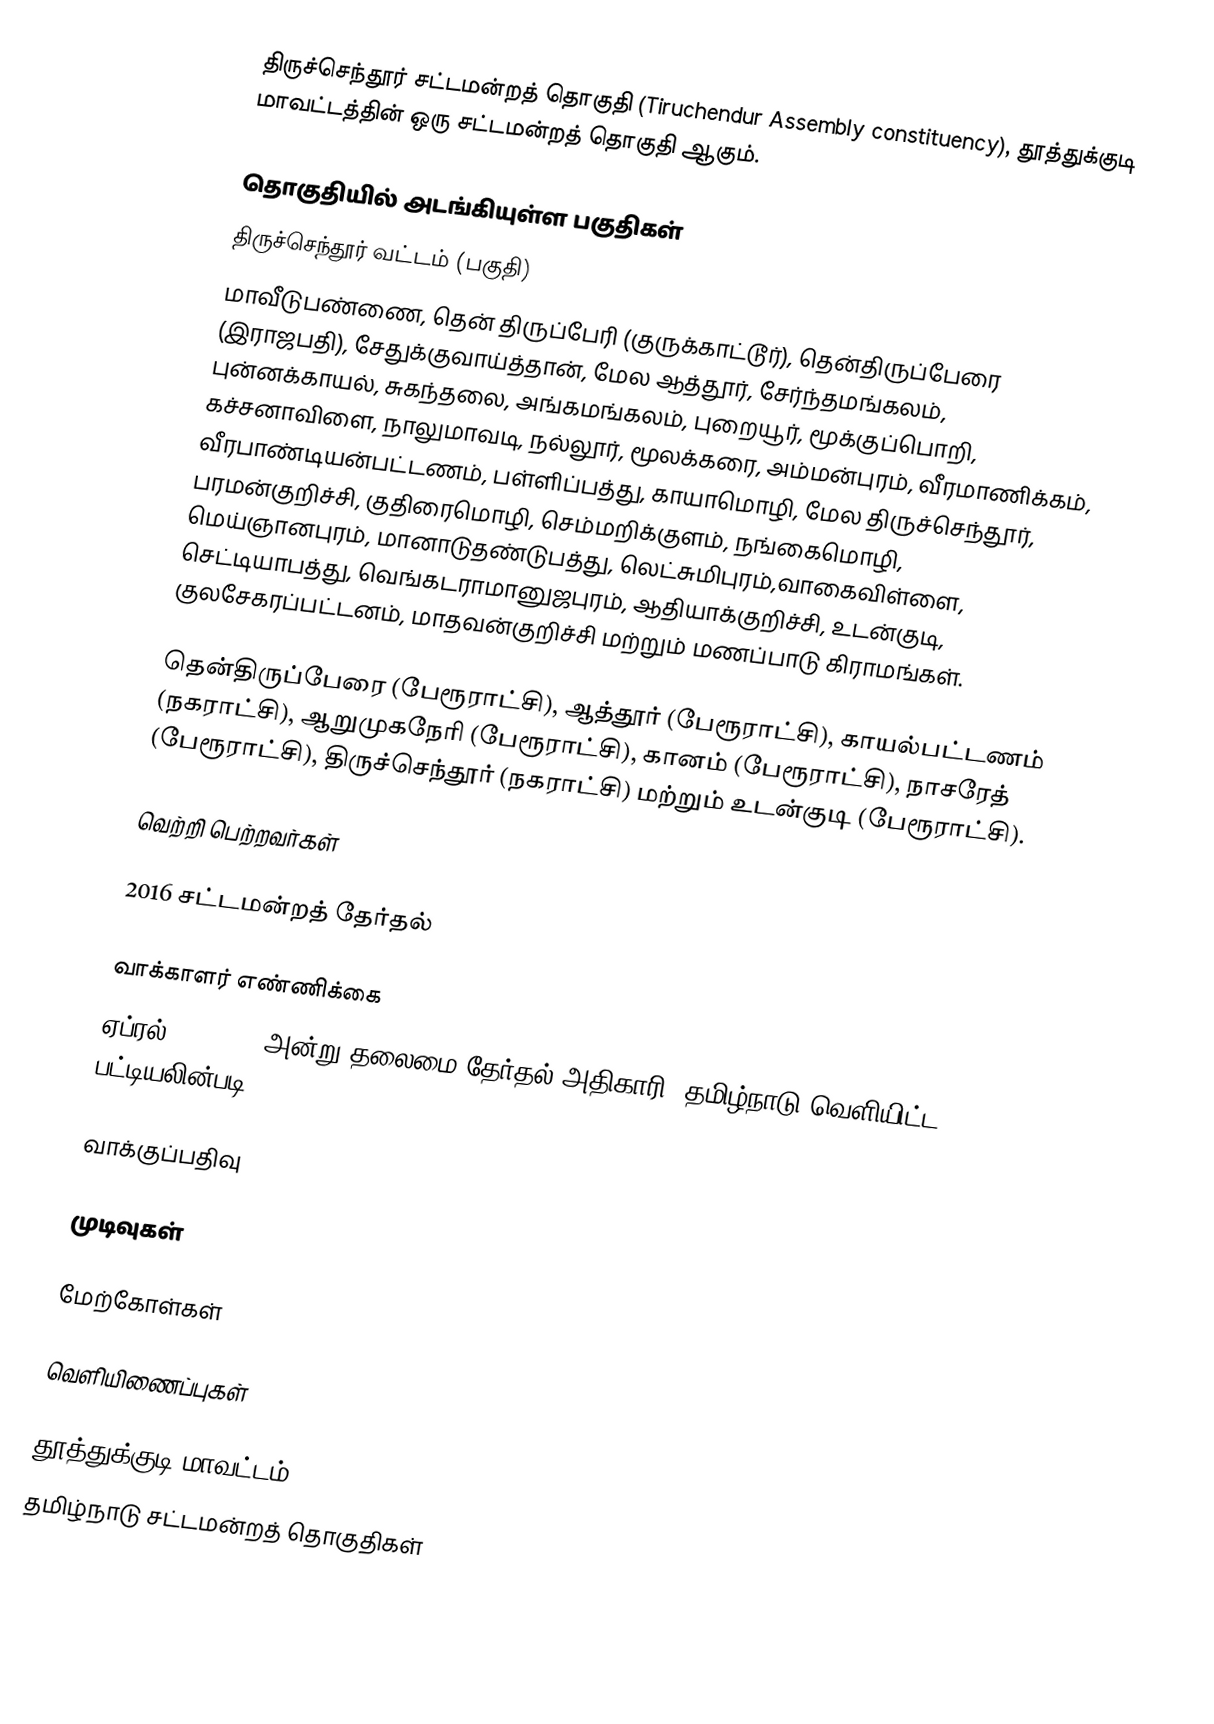
திருச்செந்தூர் சட்டமன்றத் தொகுதி (Tiruchendur Assembly constituency), தூத்துக்குடி மாவட்டத்தின் ஒரு சட்டமன்றத் தொகுதி ஆகும்.

தொகுதியில் அடங்கியுள்ள பகுதிகள்
திருச்செந்தூர் வட்டம் (பகுதி)
மாவீடுபண்ணை, தென் திருப்பேரி (குருக்காட்டூர்), தென்திருப்பேரை (இராஜபதி), சேதுக்குவாய்த்தான், மேல ஆத்தூர், சேர்ந்தமங்கலம், புன்னக்காயல், சுகந்தலை, அங்கமங்கலம், புறையூர், மூக்குப்பொறி, கச்சனாவிளை, நாலுமாவடி, நல்லூர், மூலக்கரை, அம்மன்புரம், வீரமாணிக்கம், வீரபாண்டியன்பட்டணம், பள்ளிப்பத்து, காயாமொழி, மேல திருச்செந்தூர், பரமன்குறிச்சி, குதிரைமொழி, செம்மறிக்குளம், நங்கைமொழி, மெய்ஞானபுரம், மானாடுதண்டுபத்து, லெட்சுமிபுரம்,வாகைவிள்ளை, செட்டியாபத்து, வெங்கடராமானுஜபுரம், ஆதியாக்குறிச்சி, உடன்குடி, குலசேகரப்பட்டனம், மாதவன்குறிச்சி மற்றும் மணப்பாடு கிராமங்கள்.

தென்திருப்பேரை (பேரூராட்சி), ஆத்தூர் (பேரூராட்சி), காயல்பட்டணம் (நகராட்சி), ஆறுமுகநேரி (பேரூராட்சி), கானம் (பேரூராட்சி), நாசரேத் (பேரூராட்சி), திருச்செந்தூர் (நகராட்சி) மற்றும் உடன்குடி (பேரூராட்சி).

வெற்றி பெற்றவர்கள்

2016 சட்டமன்றத் தேர்தல்

வாக்காளர் எண்ணிக்கை
ஏப்ரல் 29, 2016 அன்று தலைமை தேர்தல் அதிகாரி, தமிழ்நாடு வெளியிட்ட பட்டியலின்படி,

வாக்குப்பதிவு

முடிவுகள்

மேற்கோள்கள்

வெளியிணைப்புகள்

தூத்துக்குடி மாவட்டம்
தமிழ்நாடு சட்டமன்றத் தொகுதிகள்